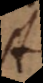
A